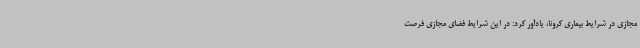
مجازی در شرایط بیماری کرونا، یادآور کرد: در این شرایط فضای مجازی فرصت